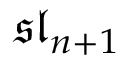
{ \mathfrak { s l } } _ { n + 1 }